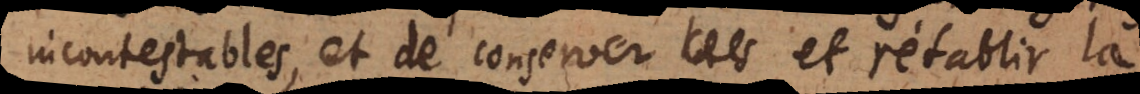
incontestables et de conserver et rétablir la